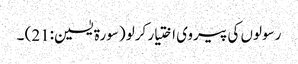
رسولوں کی پیروی اختیار کرلو (سورة یٰسین:21) ۔